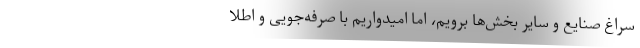
سراغ صنایع و سایر بخش‌ها برویم، اما امیدواریم با صرفه‌جویی و اطلا